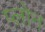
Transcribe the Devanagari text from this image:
प्लोन